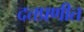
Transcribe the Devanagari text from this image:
दत्तप्रणीत